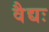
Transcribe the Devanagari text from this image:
वैद्यः